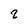
Character: q